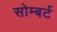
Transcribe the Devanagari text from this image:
सोम्बर्ट